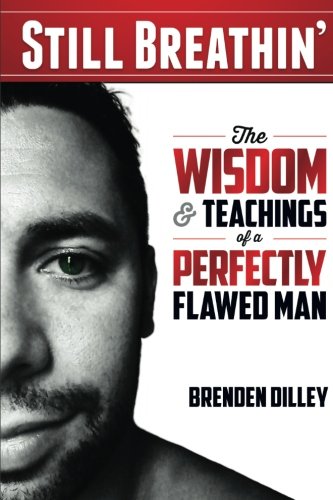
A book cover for Still Breathin': The Wisdom and Teachings of a Perfectly Flawed Man; Brenden M Dilley; Parenting & Relationships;